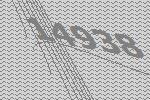
14938